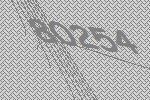
80254